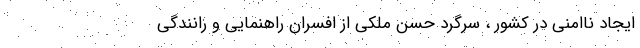
ایجاد ناامنی در کشور ، سرگرد حسن ملکی از افسران راهنمایی و رانندگی